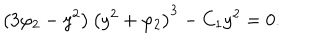
\left( 3 \varphi _ { 2 } - y ^ { 2 } \right) \left( y ^ { 2 } + \varphi _ { 2 } \right) ^ { 3 } - C _ { 1 } y ^ { 2 } = 0 .